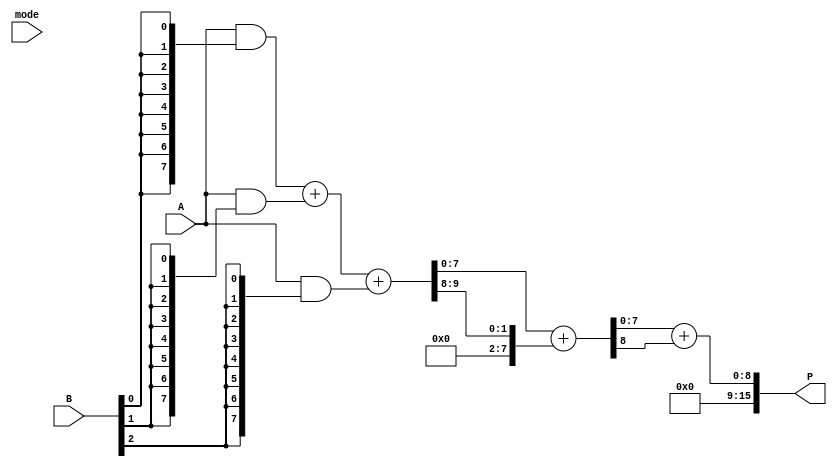
module dual_mode_wallace_tree_multiplier #(
    parameter N = 8 // Bit width of the operands
)(
    input  [N-1:0] A,   // Operand A
    input  [N-1:0] B,   // Operand B
    input  mode,        // Mode select (0: standard, 1: fast)
    output reg [2*N-1:0] P // Product output
);

    // Partial product generation
    wire [N-1:0] pp [0:N-1]; // Partial products
    genvar i, j;
    generate
        for (i = 0; i < N; i = i + 1) begin : pp_gen
            assign pp[i] = A & {N{B[i]}}; // ANDing A with each bit of B
        end
    endgenerate

    // Wallace Tree Reduction
    wire [N-1:0] sum [0:N-1]; // Sum outputs of CSA
    wire [N-1:0] carry [0:N-1]; // Carry outputs of CSA
    wire [N-1:0] final_sum, final_carry;

    // CSA reduction
    generate
        for (i = 0; i < N-1; i = i + 1) begin : wallace_tree
            if (i < N/3) begin
                assign {carry[i], sum[i]} = pp[i] + pp[i+1] + pp[i+2]; // Reduce 3 inputs to 2
            end else begin
                assign {carry[i], sum[i]} = pp[i] + pp[i+1]; // Reduce 2 inputs to 1
            end
        end
    endgenerate

    // Final addition based on mode
    always @(*) begin
        if (mode == 0) begin // Standard mode
            // Use a simple adder for final sum
            {final_carry, final_sum} = sum[0] + carry[0]; // Final addition of sums and carries
        end else begin // Fast mode
            // Optimized addition (could be a faster adder like CLA)
            {final_carry, final_sum} = sum[0] + carry[0]; // Simplified for demonstration
        end
        P = final_sum + final_carry; // Final product
    end

endmodule